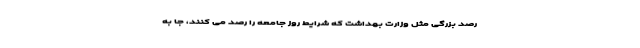
رصد بزرگی مثل وزارت بهداشت که شرایط روز جامعه را رصد می کنند، جا به